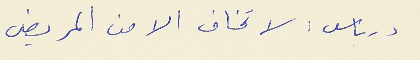
درباس : لا تخاف الام من المريض